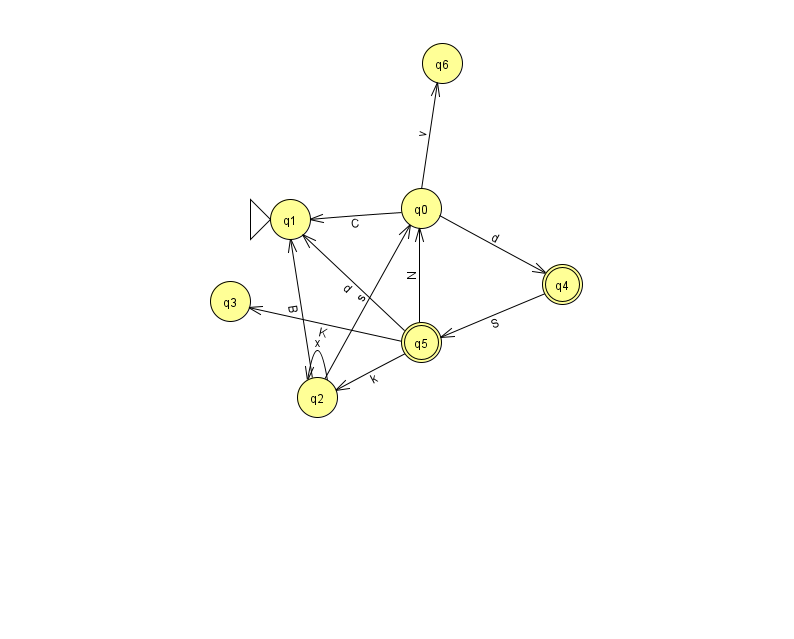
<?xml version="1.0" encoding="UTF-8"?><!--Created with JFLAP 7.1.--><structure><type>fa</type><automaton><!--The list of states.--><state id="0" name="q0"><x>421.0</x><y>195.0</y></state><state id="1" name="q1"><x>290.0</x><y>206.0</y><initial/></state><state id="2" name="q2"><x>317.0</x><y>384.0</y></state><state id="3" name="q3"><x>230.0</x><y>288.0</y></state><state id="4" name="q4"><x>562.0</x><y>271.0</y><final/></state><state id="5" name="q5"><x>421.0</x><y>329.0</y><final/></state><state id="6" name="q6"><x>442.0</x><y>50.0</y></state><!--The list of transitions.--><transition><from>4</from><to>5</to><read>S</read></transition><transition><from>0</from><to>4</to><read>d</read></transition><transition><from>5</from><to>1</to><read>d</read></transition><transition><from>0</from><to>1</to><read>C</read></transition><transition><from>5</from><to>2</to><read>k</read></transition><transition><from>2</from><to>2</to><read>x</read></transition><transition><from>0</from><to>6</to><read>v</read></transition><transition><from>5</from><to>0</to><read>N</read></transition><transition><from>2</from><to>0</to><read>s</read></transition><transition><from>2</from><to>1</to><read>B</read></transition><transition><from>5</from><to>3</to><read>K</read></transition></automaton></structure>